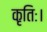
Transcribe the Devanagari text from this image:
कृतिः।